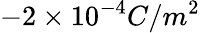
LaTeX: -2\times 10^{-4}C/m^{2}